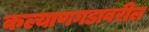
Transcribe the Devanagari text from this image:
कल्याणगडावरील